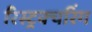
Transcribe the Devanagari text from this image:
रिस्ट्रक्चरिंग